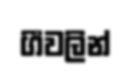
ගීවලින්